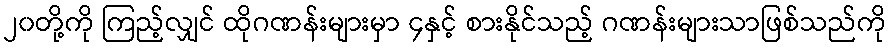
၂၀တို့ကို ကြည့်လျှင် ထိုဂဏန်းများမှာ ၄နှင့် စားနိုင်သည့် ဂဏန်းများသာဖြစ်သည်ကို